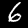
Digit: 6